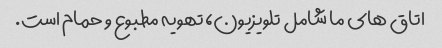
اتاق های ما شامل تلویزیون، تهویه مطبوع و حمام است.